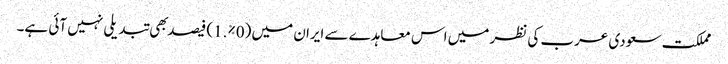
مملکت سعودی عرب کی نظر میں اس معاہدے سے ایران میں (0%.1) فیصد بهی تبدیلی نہیں آئی ہے۔